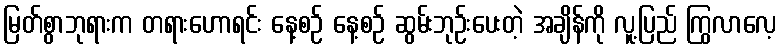
မြတ်စွာဘုရားက တရားဟောရင်း နေ့စဉ် နေ့စဉ် ဆွမ်းဘုဉ်းပေးတဲ့ အချိန်ကို လူ့ပြည် ကြွလာလေ့